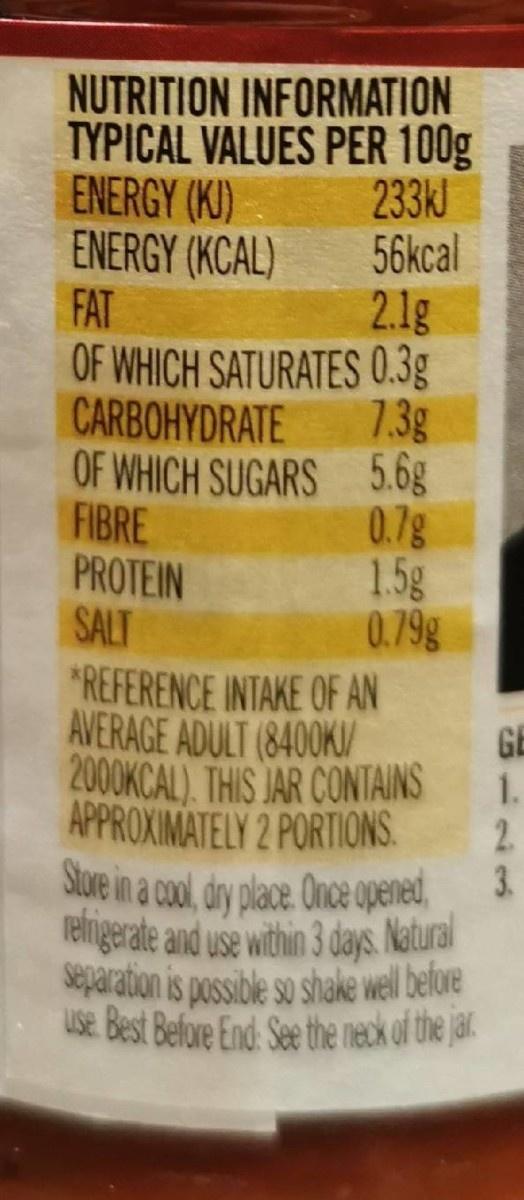
NUTRITION INFORMATION TYPICAL VALUES PER 100g 233KJ 56kcal 2.1g OF WHICH SATURATES 0.3g 7.3g OF WHICH SUGARS 5.6g 0.7g 1.5g 0.79g *REFERENCE INTAKE OF AN ENERGY (KI) ENERGY (KCAL) FAT CARBOHYDRATE FIBRE PROTEIN SALT AVERAGE ADULT (8400K/ GE 2000KCAL). THIS JAR CONTAINS 1. APPROXIMATELY 2 PORTIONS. Sluve in a cool, dry place. Once opened relngerate and use within 3 days. Natural separation is possible so shake well belore Use Best Before End. See the neck of the jal. 2.